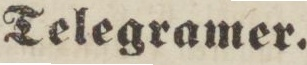
Telegramer.